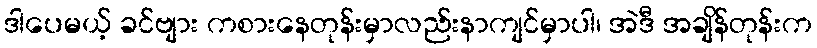
ဒါပေမယ့် ခင်ဗျား ကစားနေတုန်းမှာလည်းနာကျင်မှာပါ၊ အဲဒီ အချိန်တုန်းက